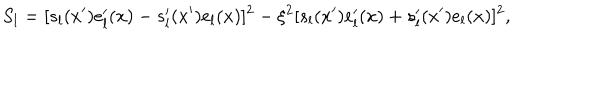
LaTeX: S _ { l } = [ s _ { l } ( x ^ { \prime } ) e _ { l } ^ { \prime } ( x ) - s _ { l } ^ { \prime } ( x ^ { \prime } ) e _ { l } ( x ) ] ^ { 2 } - \xi ^ { 2 } [ s _ { l } ( x ^ { \prime } ) e _ { l } ^ { \prime } ( x ) + s _ { l } ^ { \prime } ( x ^ { \prime } ) e _ { l } ( x ) ] ^ { 2 } ,